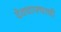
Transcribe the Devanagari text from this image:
देवचाफ्याची